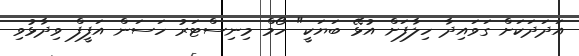
އަދަދަކަށް ގަވައިދާ ހިލާފަށް އުޅޭ ބަޔަކީ" ހޯމް މިނިސްޓަރު ހަސަން އަފީފް ވިދާޅުވި